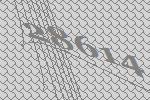
28614